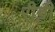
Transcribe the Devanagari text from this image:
रीट्टी